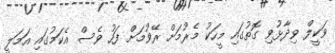
ވަކީލް ވިދާޅުވި ގޮތުގައި މީހަކު މެރުމަށް ރޭވުމަށް ފަހު ވެސް އެކަމުގައި އަމަލީ